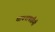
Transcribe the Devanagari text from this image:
मायनापतीनी